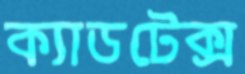
ক্যাডটেক্স